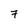
Character: 7